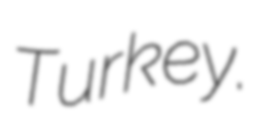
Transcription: Turkey.